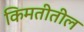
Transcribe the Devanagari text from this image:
किमतीतील